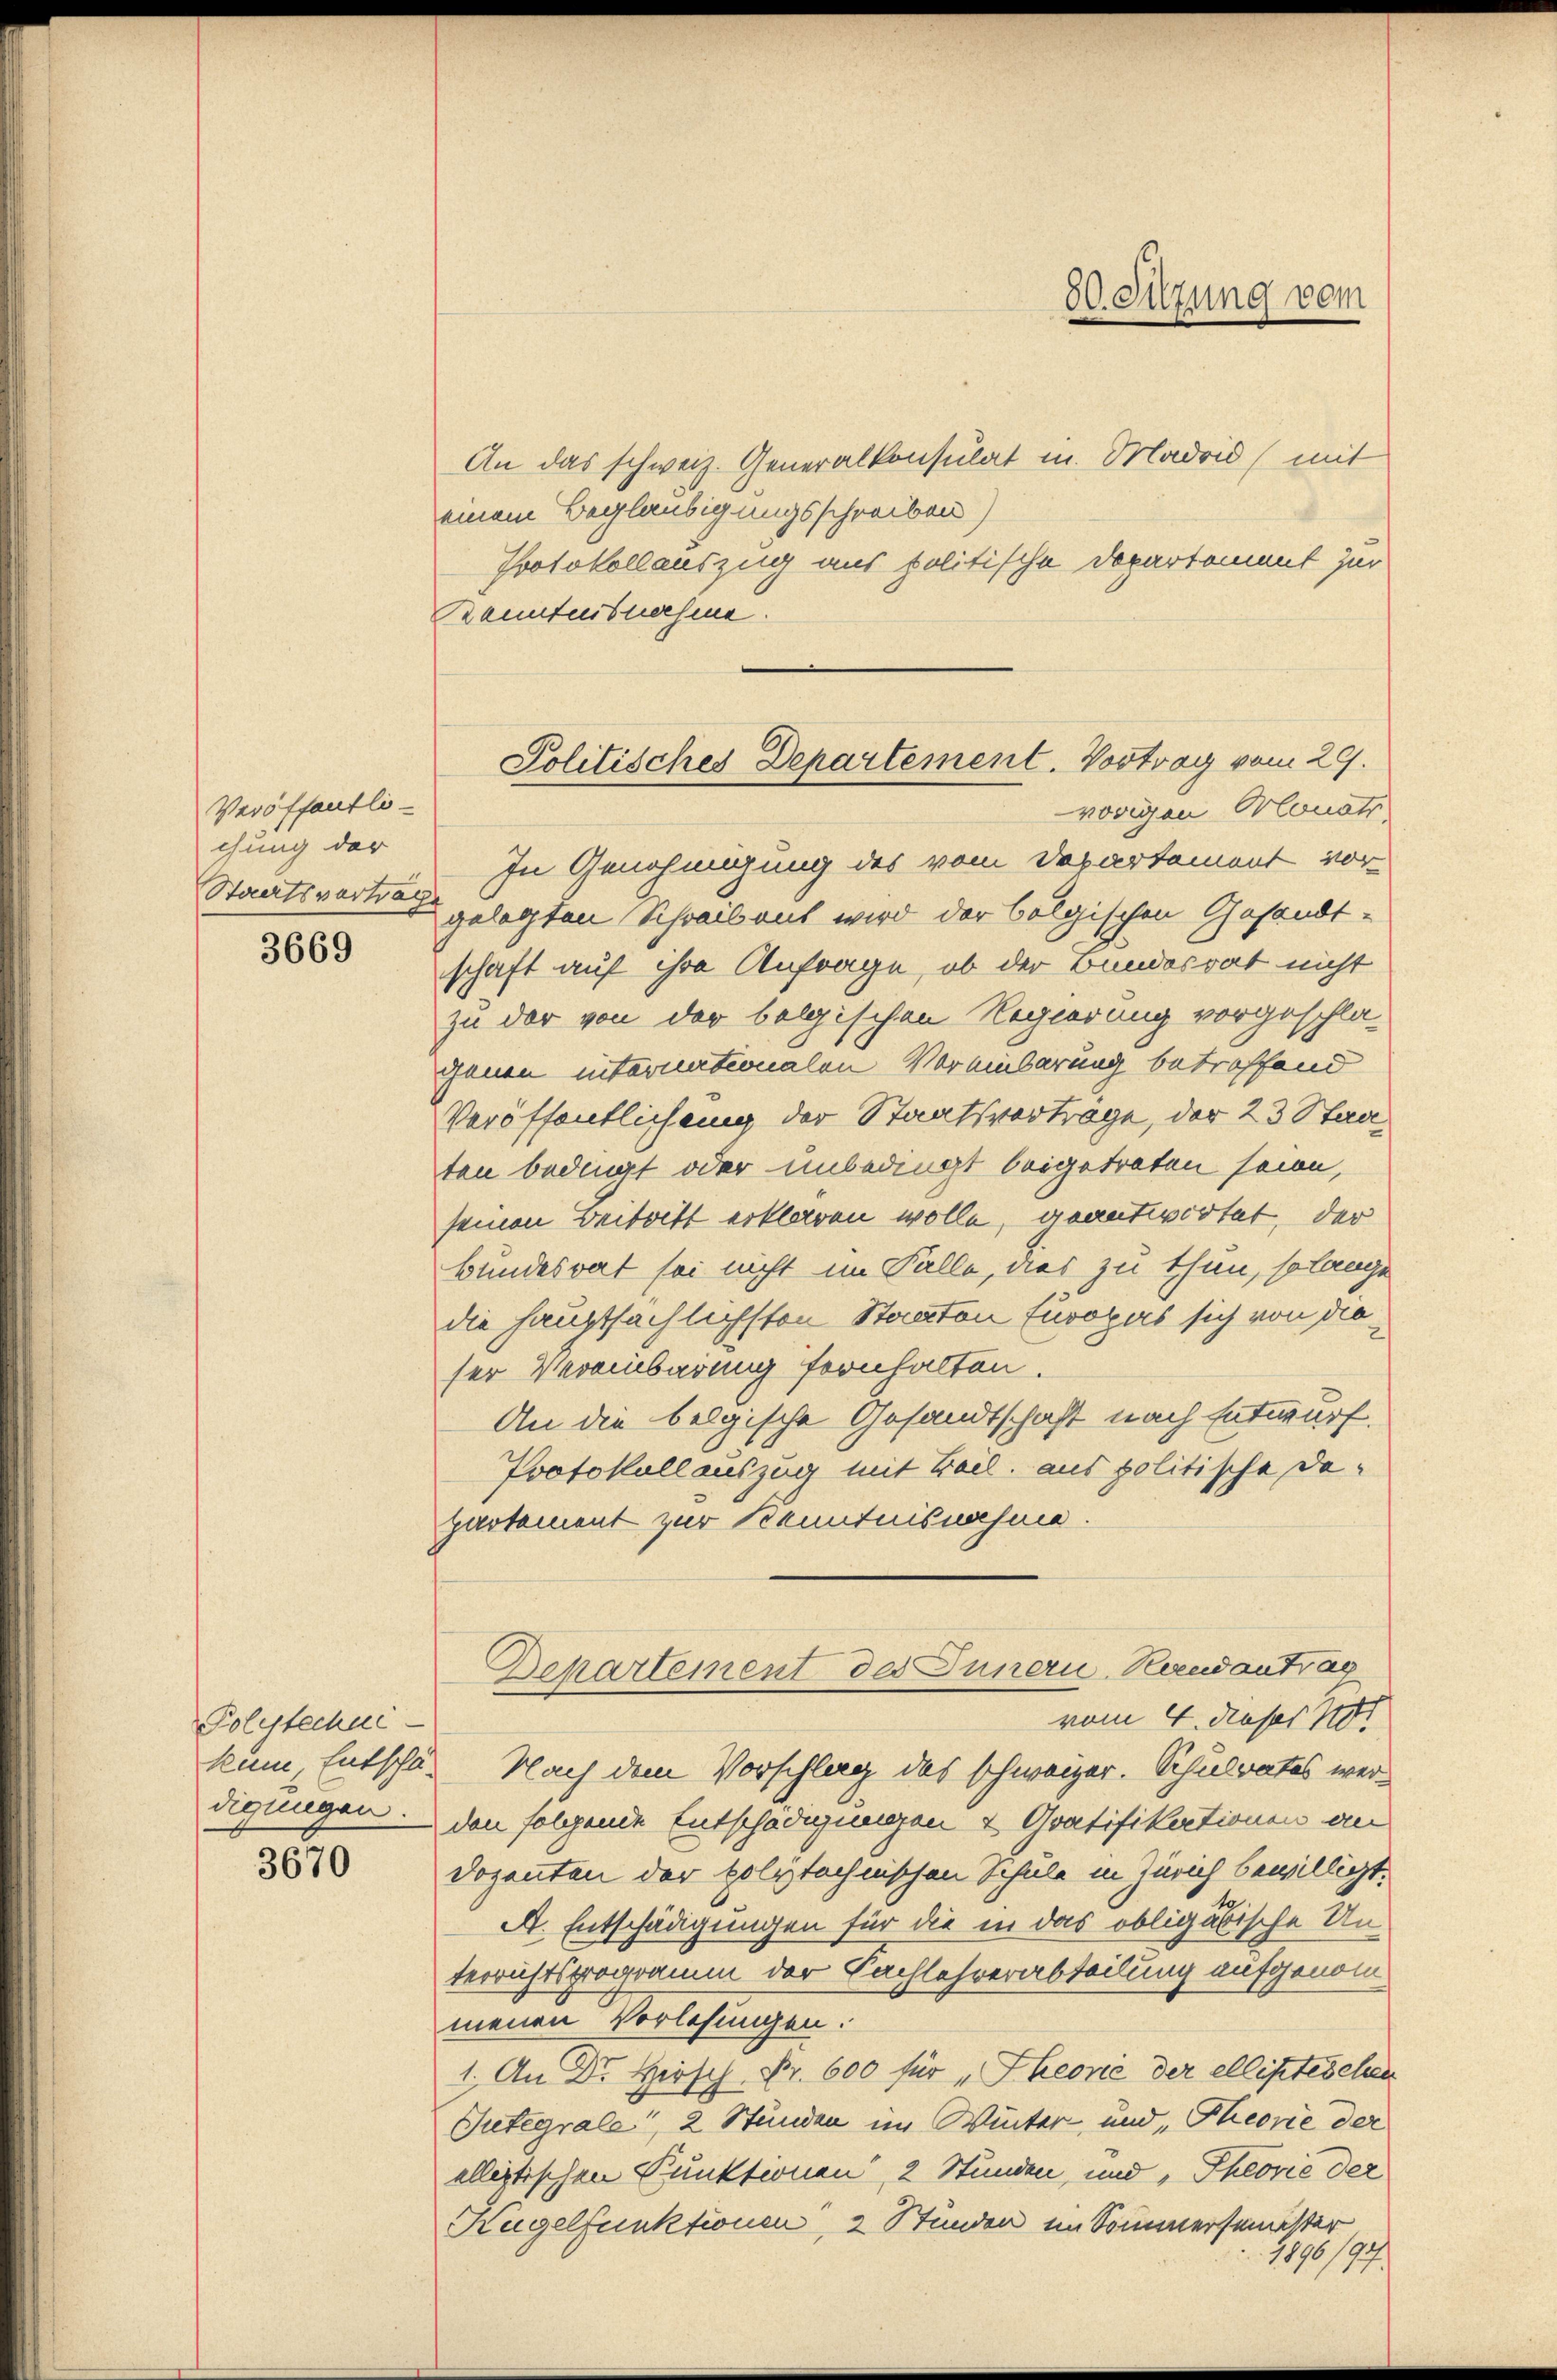
Veröffentli-
chung der
Staatsvertrag

3669

Polytechni
digungen.

3010

An das schweiz. Generalkonsulat in Madrid (mit
einem Beglaubigungsschreiben)
Protokollauszug aus politische Departement zur
Banntnisnahme.
vorigen Monats
In Genehmigung des vom Departement vor
gelegten Schreibent wird der belgischen Gesandt-
schaft auf ihre Anfrage, ob der Bundesrat nicht
zu der von der belgischen Regierung vorgeschla-
Jenen internationalen Vereinbarung betroffend
Veröffentlichung der Staatsvertrage, der 23 Stad
ten bedingt oder unbedingt beigetreten seien,
seinen Beitritt erklären wolle, geantwortet, der
Bundesrat sei nicht im Falle, dies zu thun, so lange
die hauptsächlichsten Staaten furopas sich von dieser Vereinbarung fernhalten.
An die belgische Gesandtschaft nach Entwurf.
Protokollauszug mit Beil. aus politische Departement zur Kenntnisnahme.
Departement des Juner-Handantrag
vom 4. dieser 181
kum, Entschl. Nach dem Vorschlag des schweizer. Schulrates werden folgende Entschädigungen & Gratifikationen an
Dozenten der polytechnischen Schule in Zürich bewilligt.
A. Entschädigungen für die in das obligatische Un-
terrichtsprogramm der Fachlehrerabteilung aufgenommenen Vorlesungen.
1. An Dr. Hirsch. Fr. 600 für „Theorić der ellistischen
Tutegrale, 2 Stunden im Winter und „Theorie der
allistischen Punktionen, 2 Stunden, und Theorie der
Kugelfunktionen, 2 Stunden im Sommersemester
1896/9

30. Sitzung vom

Politisches Departement. Vortrag vom 29.